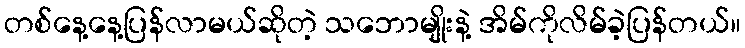
တစ်နေ့နေ့ပြန်လာမယ်ဆိုတဲ့ သဘောမျိုးနဲ့ အိမ်ကိုလိမ်ခဲ့ပြန်တယ်။